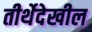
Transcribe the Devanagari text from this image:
तीर्थेदेखील